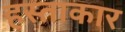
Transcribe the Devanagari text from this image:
हस्ताकार